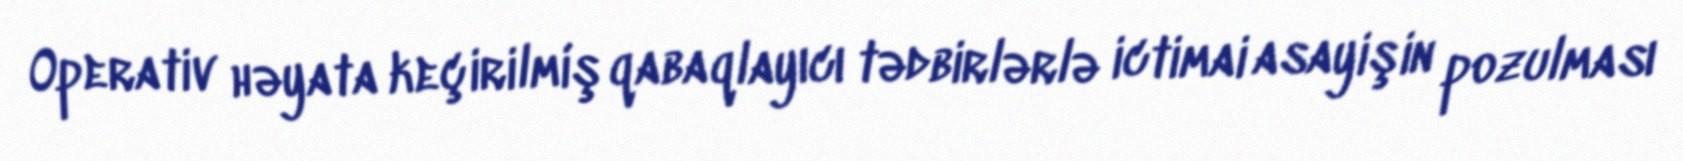
Operativ həyata keçirilmiş qabaqlayıcı tədbirlərlə ictimai asayişin pozulması